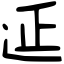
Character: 𨒂